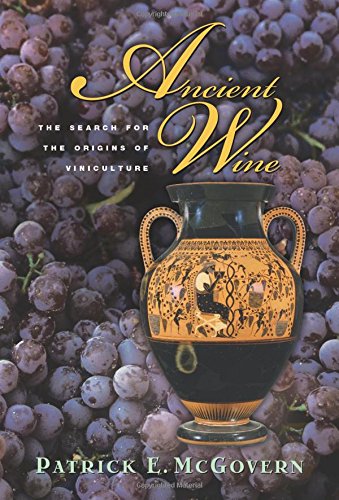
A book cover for Ancient Wine: The Search for the Origins of Viniculture; Patrick E. McGovern; Science & Math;